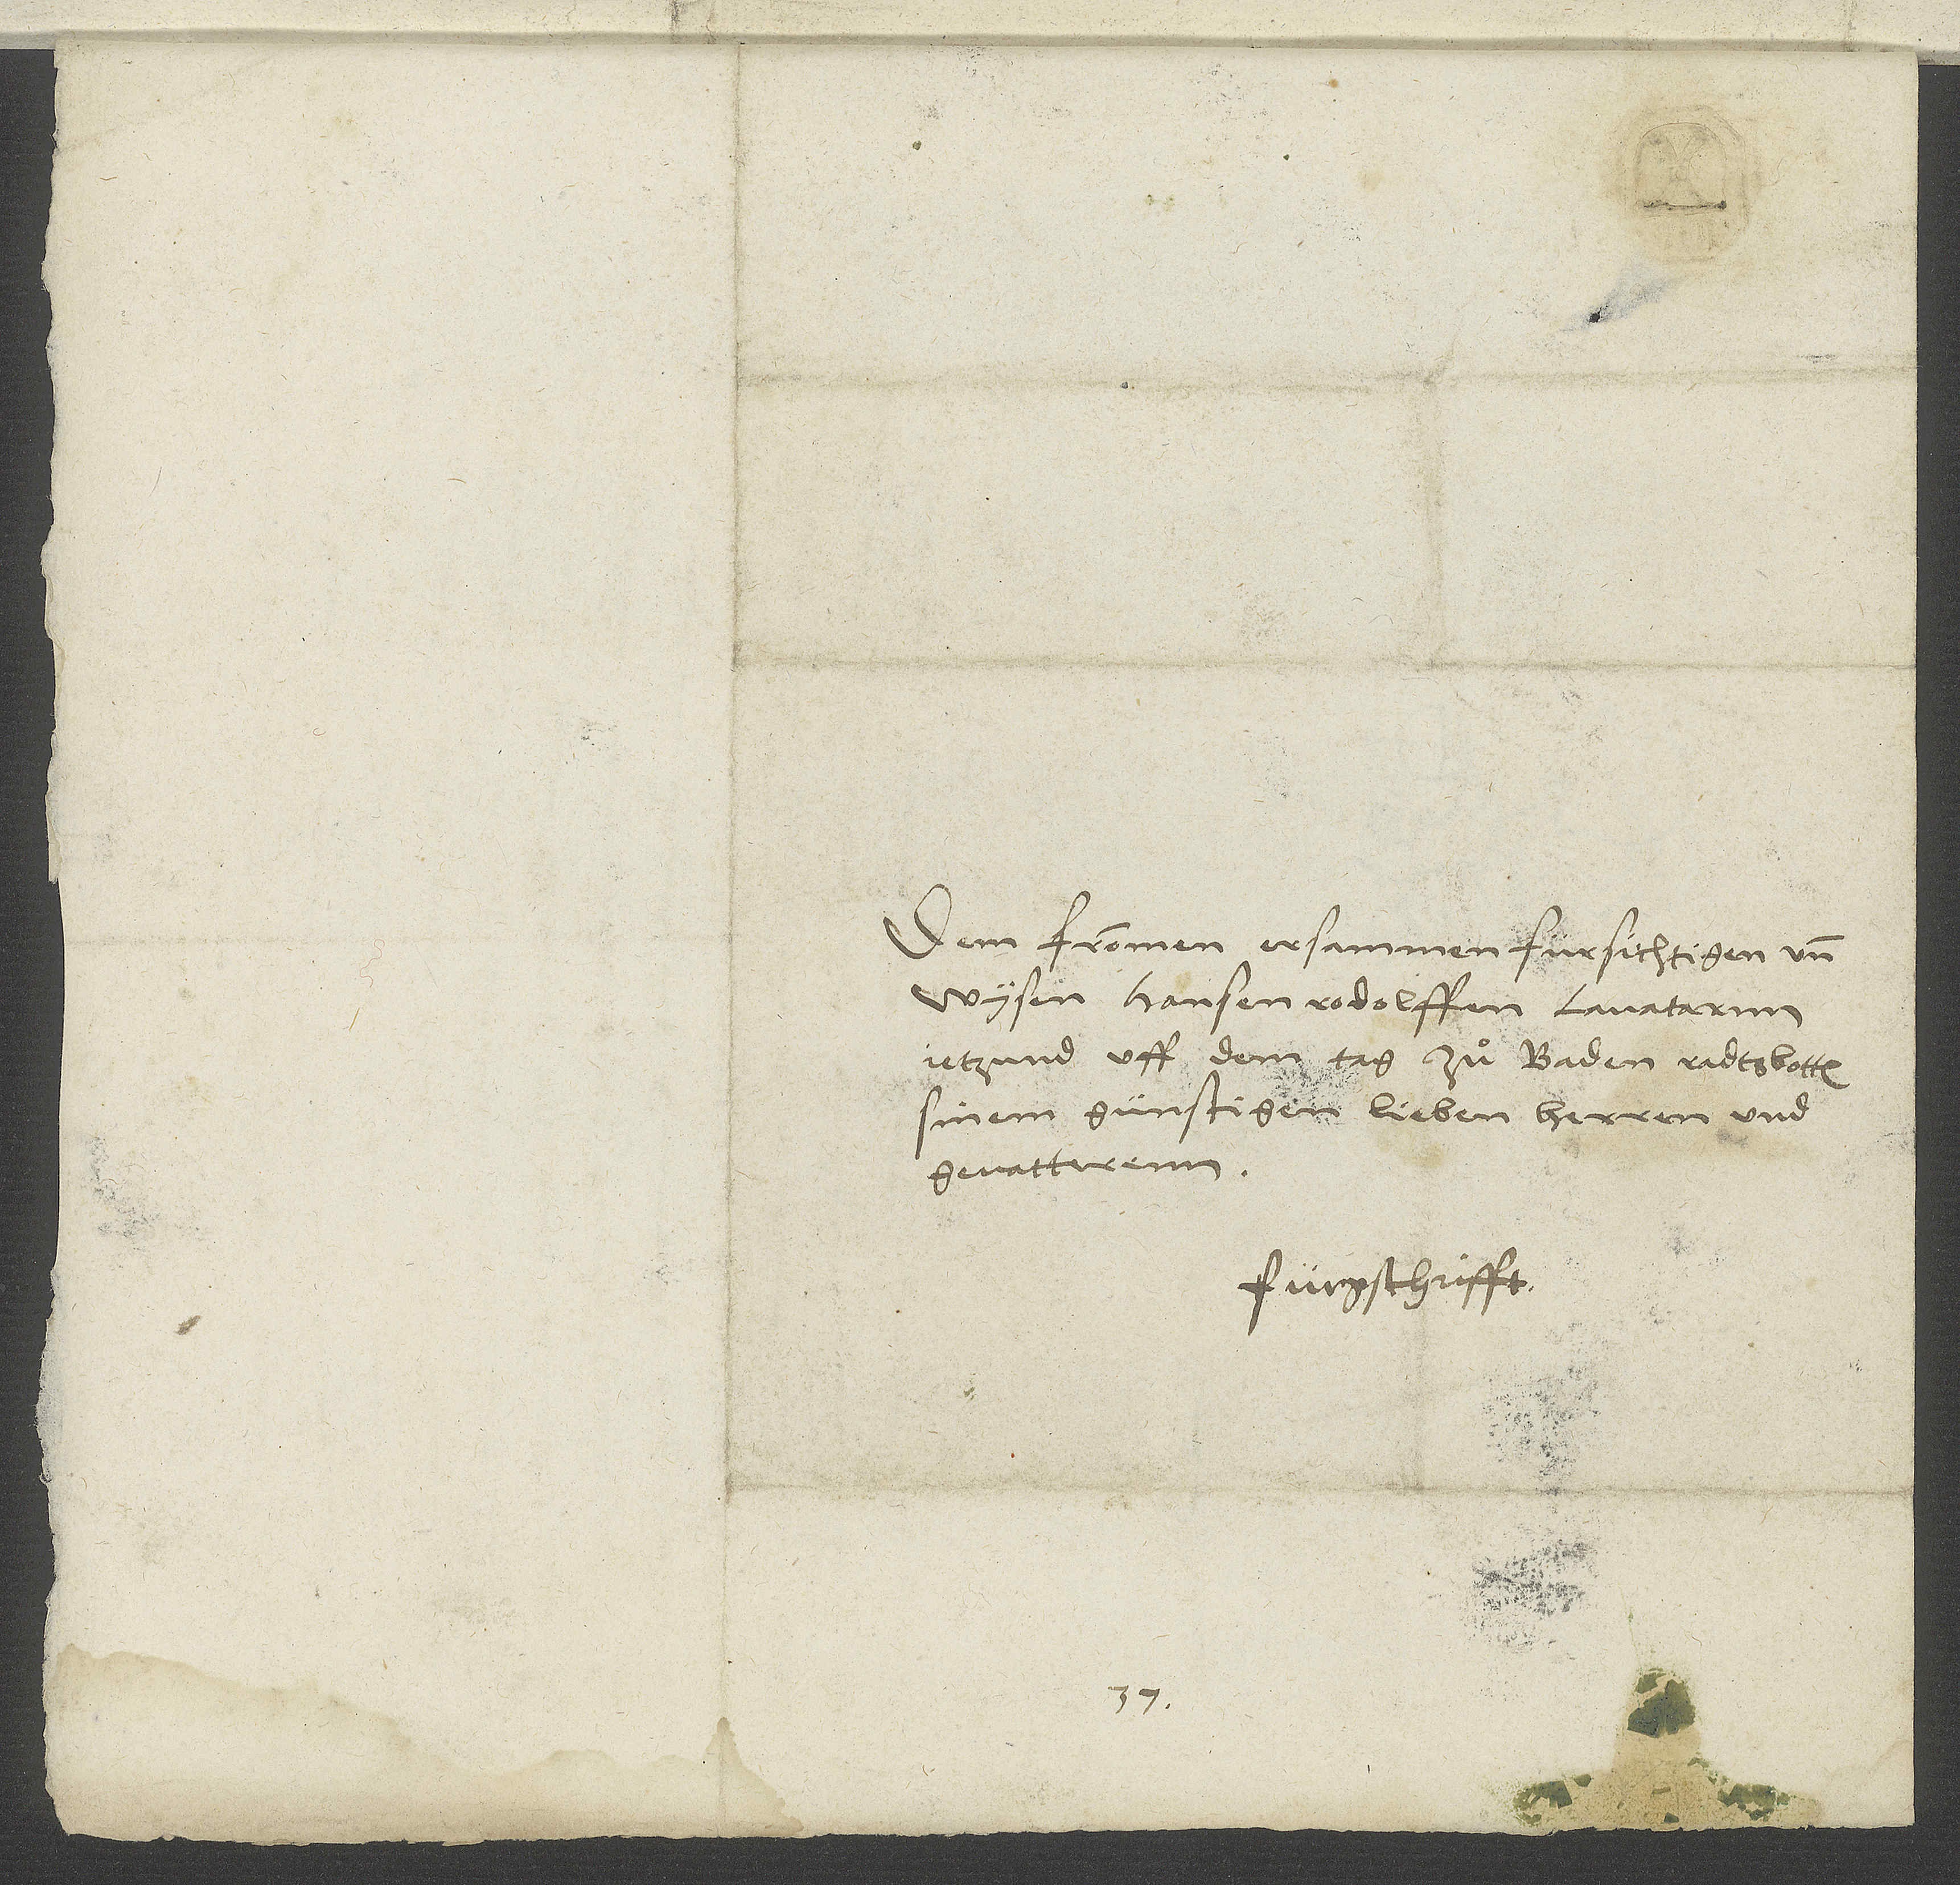
Dem frommen, ersammen, fürsichtigen und
wysen Hansen Rodolffen Lavatarnn,
jetzund uff dem tag zuͦ Baden radtsbotten,
sinem günstigen, lieben herren und
gevatterenn.
S.
1537.